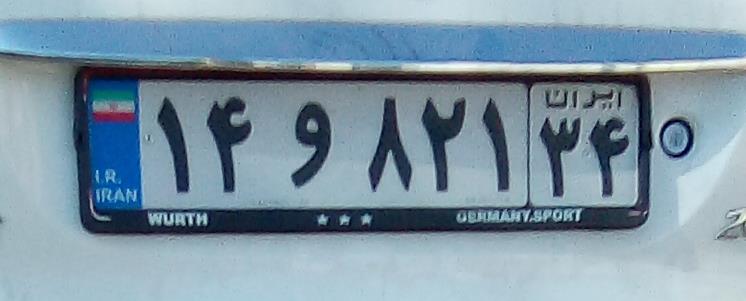
۱۴و۸۲۱۳۴